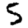
Digit: 5